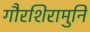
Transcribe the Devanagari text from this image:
गौरशिरामुनि